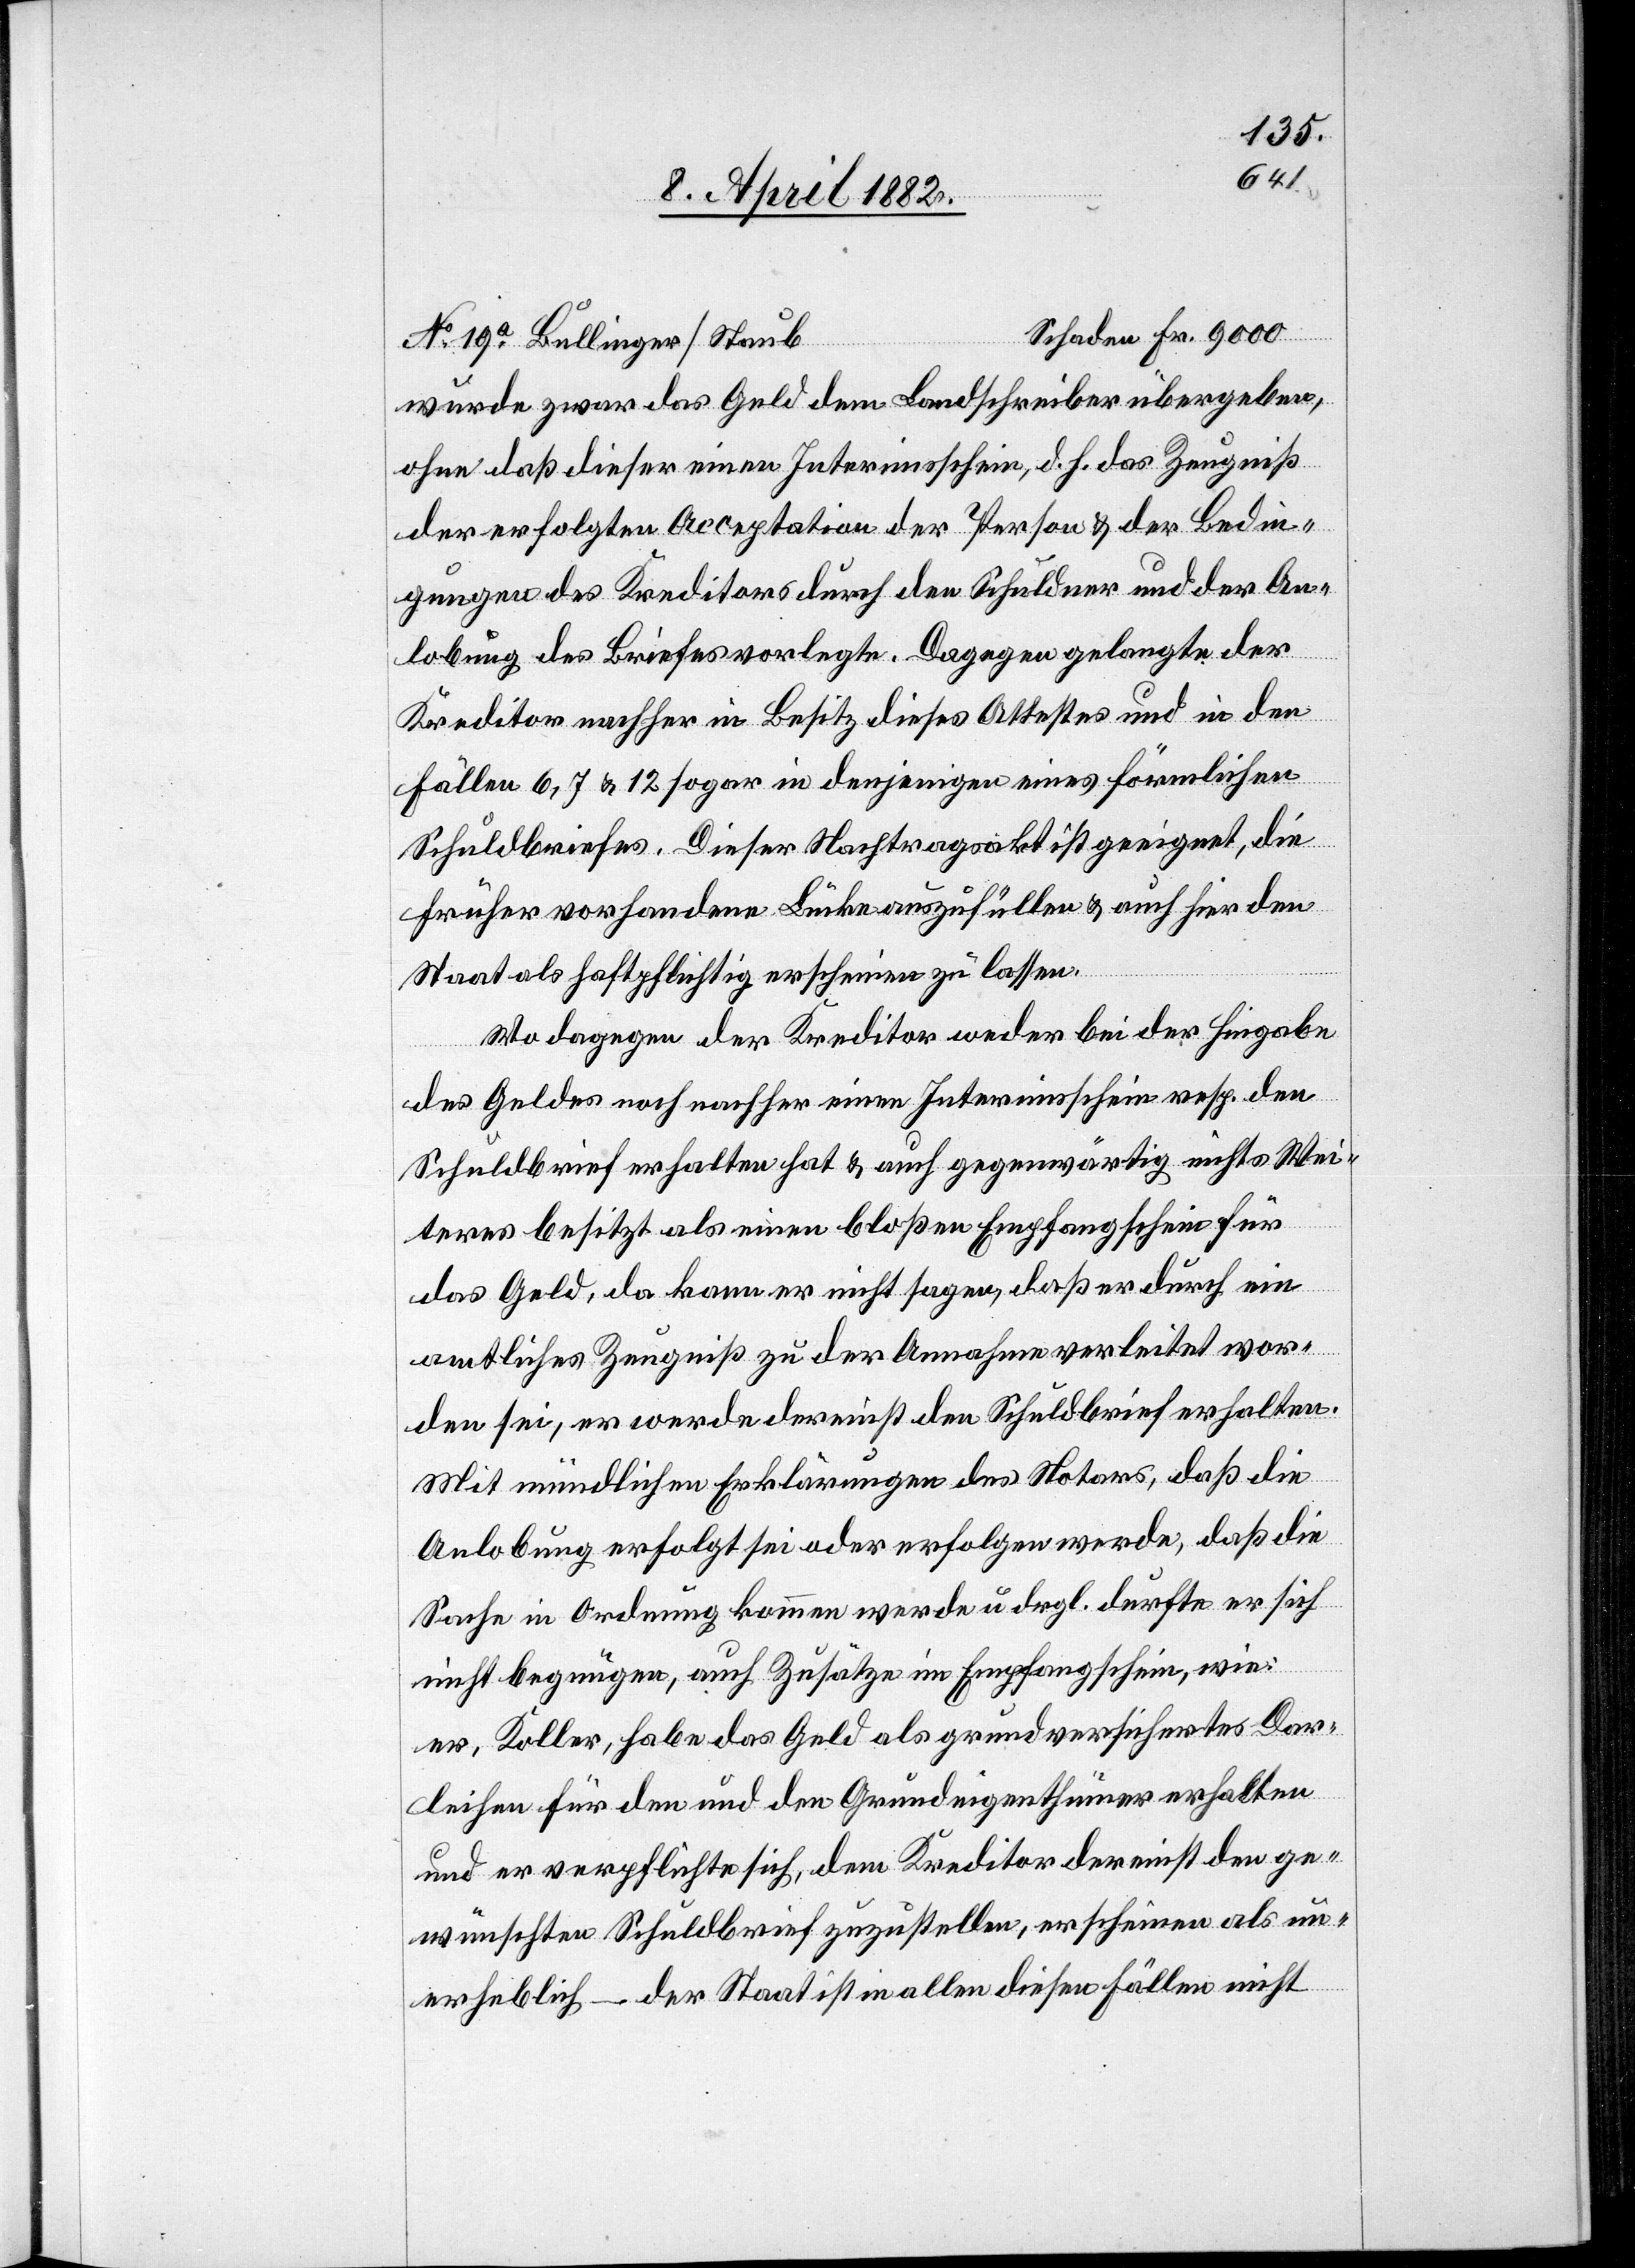
wurde zwar das Geld dem Landschreiber übergeben,
ohne daß dieser einen Interimsschein, d. h. das Zeugniß
der erfolgten Acceptation der Person & der Bedin¬
gungen des Kreditors durch den Schuldner und der An¬
lobung des Briefes vorlegte. Dagegen gelangte der
Kreditor nachher in Besitz dieses Attestes und in den
Fällen 6, 7 & 12 sogar in denjenigen eines förmlichen
Schuldbriefes. Dieser Nachtragsakt ist geeignet, die
früher vorhandene Lücke auszufüllen & auch hier den
Staat als haftpflichtig erscheinen zu lassen.
Wo dagegen der Kreditor weder bei der Hingabe
des Geldes noch nachher einen Interimsschein resp. den
Schuldbrief erhalten hat & auch gegenwärtig nichts Wei¬
teres besitzt als einen bloßen Empfangschein für
Fr.
das Geld, da kann er nicht sagen, daß er durch ein
amtliches Zeugniß zu der Annahme verleitet wor¬
den sei, er werde dereinst den Schuldbrief erhalten.
Mit mündlichen Erklärungen des Notars, daß die
Anlobung erfolgt sei oder erfolgen werde, daß die
Sache in Ordnung kommen werde u. drgl. durfte er sich
nicht begnügen, auch Zusätze im Empfangschein, wie:
er, Koller, habe das Geld als grundversichertes Dar¬
leihen für den und den Grundeigenthümer erhalten
und er verpflichte sich, dem Kreditor dereinst den ge¬
wünschten Schuldbrief zuzustellen, erscheinen als un¬
erheblich – der Staat ist in allen diesen Fällen nicht